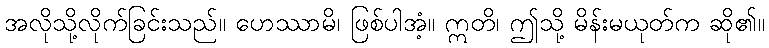
အလိုသို့လိုက်ခြင်းသည်။ ဟေဿာမိ၊ ဖြစ်ပါအံ့။ ဣတိ၊ ဤသို့ မိန်းမယုတ်က ဆို၏။